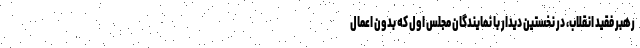
رهبر فقید انقلاب، در نخستین دیدار با نمایندگان مجلس اول که بدون اِعمال